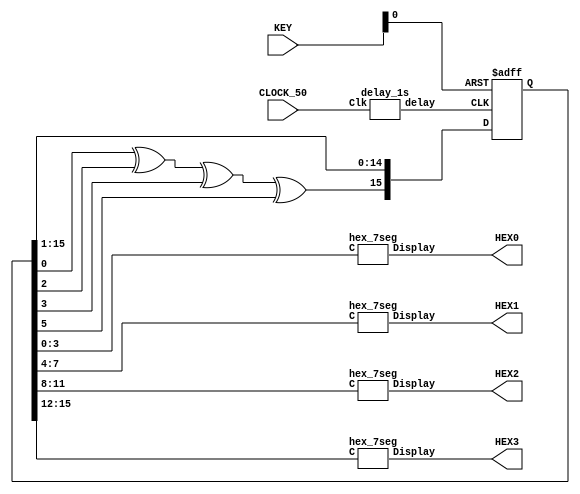
module part6 (CLOCK_50, KEY, HEX3, HEX2, HEX1, HEX0);
	input [1:0] KEY;
	input CLOCK_50;
	output [6:0] HEX3, HEX2, HEX1, HEX0;
	// initial seed value
	reg [0:15] Q = 16'b1000_0000_0000_0000;
	// Instantiate a 1 sec clock.
	delay_1s delay1 (CLOCK_50, del_1sec);
	// actual random number generator
	always @ (posedge del_1sec or posedge KEY[0])
		begin
			if (KEY[0])
				Q <= 16'b1000_0000_0000_0000;
			else
				Q <= {(((Q[15]^Q[13])^Q[12])^Q[10]), Q[0:14]};
		end
	// Display the 16-bit number in a decimal format using 4 displays.
	hex_7seg hex0 (Q[12:15], HEX0);
   hex_7seg hex1 (Q[8:11], HEX1);
   hex_7seg hex2 (Q[4:7], HEX2);
   hex_7seg hex3 (Q[0:3], HEX3);
endmodule

// A one second counter.
module delay_1s (Clk, delay);
	input Clk;
	output reg delay;
	reg [25:0] count;
	always @ (posedge Clk)
		begin
			if (count == 26'd49_999_999)
         //if (count == 26'd6)   // for simulation purposes.
				begin
					count <= 26'd0;
               delay <= 1;
				end
			else
				begin
					count <= count + 1;
					delay <= 0;
				end
		end
endmodule

// Hexidecimal display.
module hex_7seg (C, Display);
	input [3:0] C;
	output [6:0] Display;
	assign Display = (C[3:0] == 4'b0000 )? 7'b1000000: // 0
						  (C[3:0] == 4'b0001 )? 7'b1111001: // 1
						  (C[3:0] == 4'b0010 )? 7'b0100100: // 2
						  (C[3:0] == 4'b0011 )? 7'b0110000: // 3
						  (C[3:0] == 4'b0100 )? 7'b0011001: // 4
						  (C[3:0] == 4'b0101 )? 7'b0010010: // 5
						  (C[3:0] == 4'b0110 )? 7'b0000010: // 6
						  (C[3:0] == 4'b0111 )? 7'b1111000: // 7
						  (C[3:0] == 4'b1000 )? 7'b0000000: // 8
						  (C[3:0] == 4'b1001 )? 7'b0010000: // 9
						  (C[3:0] == 4'b1010 )? 7'b0001000:	// A
						  (C[3:0] == 4'b1011 )? 7'b0000011: // B
						  (C[3:0] == 4'b1100 )? 7'b1000110: // C
						  (C[3:0] == 4'b1101 )? 7'b0100001: // D
						  (C[3:0] == 4'b1110 )? 7'b0000110: // E
						  (C[3:0] == 4'b1111 )? 7'b0001110:7'b1111111; // F
endmodule